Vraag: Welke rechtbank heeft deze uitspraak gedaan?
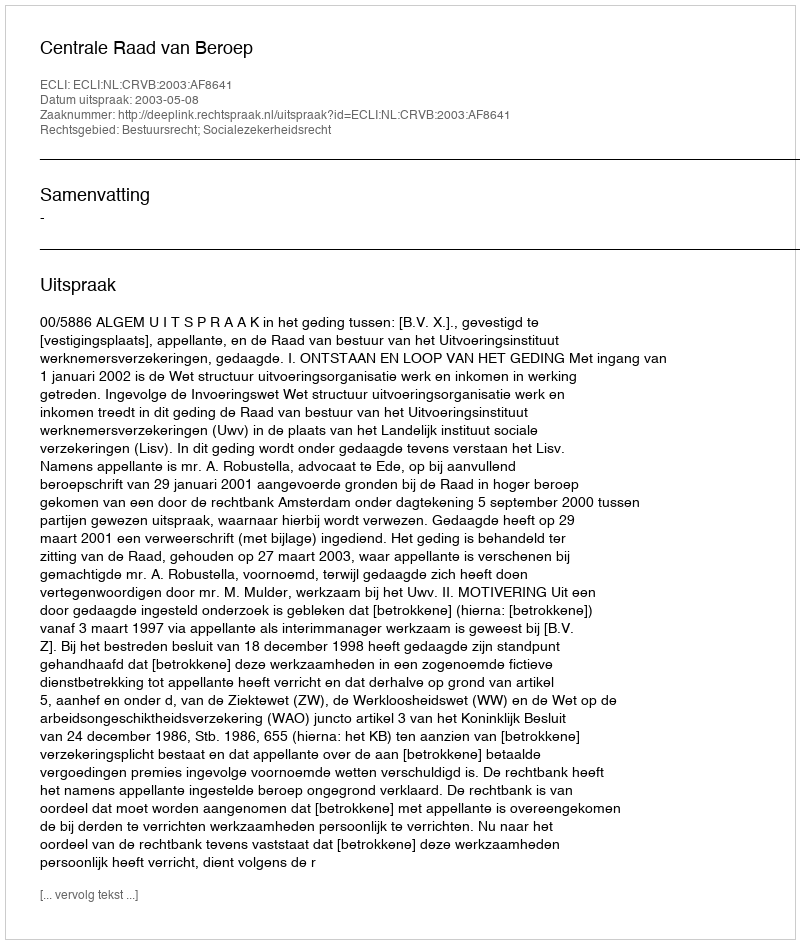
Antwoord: Centrale Raad van Beroep